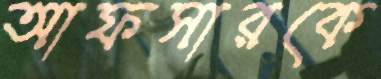
আফসারকে